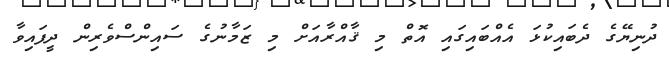
ދުނިޔޭގެ ދެބައިކުޅަ އެއްބައިގައި އޮތް މި ޤާއްރާއަށް މި ޒަމާނުގެ ސައިންސްވެރިން ދީފައިވާ